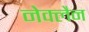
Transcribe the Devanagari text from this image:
नेक्लैन